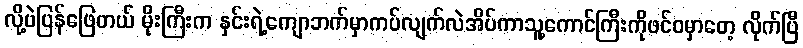
လို့ပဲပြန်ဖြေတယ် မိုးကြီးက နှင်းရဲ့ကျောဘက်မှာကပ်လျက်လဲအိပ်ကာသူ့ကောင်ကြီးကိုဖင်ဝမှာတေ့ လိုက်ပြီ